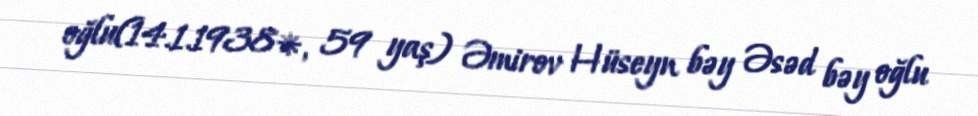
oğlu(14.1.1938*, 59 yaş) Əmirov Hüseyn bəy Əsəd bəy oğlu